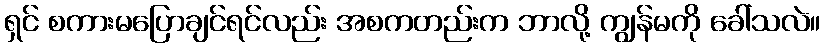
ရှင် စကားမပြောချင်ရင်လည်း အစကတည်းက ဘာလို့ ကျွန်မကို ခေါ်သလဲ။